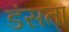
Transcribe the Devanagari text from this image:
डंसता